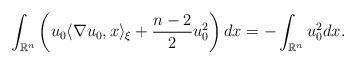
LaTeX: \begin{align*}\int_{\mathbb{R}^n} \left(u_0 \langle \nabla u_0,x\rangle_{\xi}+\frac{n-2}{2}u_0^2 \right) dx=-\int_{\mathbb{R}^n} u_0^2 dx.\end{align*}